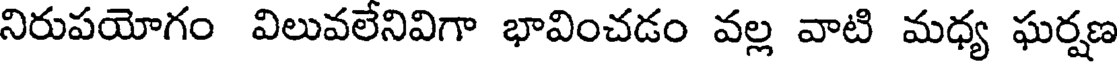
నిరుపయోగం విలువలేనివిగా భావించడం వల్ల వాటి మధ్య ఘర్షణ